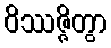
ဝိဿဇ္ဇိတွာ